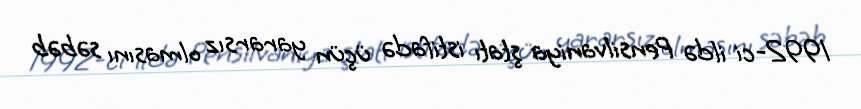
1992-ci ildə Pensilvaniya ştatı istifadə üçün yararsız olmasını səbəb